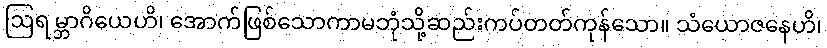
ဩရမ္ဘာဂိယေဟိ၊ အောက်ဖြစ်သောကာမဘုံသို့ဆည်းကပ်တတ်ကုန်သော။ သံယောဇနေဟိ၊